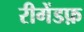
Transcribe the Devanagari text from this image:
रीगेंडफ़